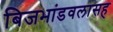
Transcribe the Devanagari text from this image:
बिजभांडवलासह